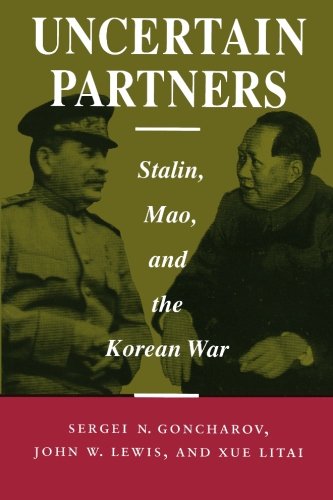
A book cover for Uncertain Partners: Stalin, Mao, and the Korean War (Studies in Intl Security and Arm Control); Sergei Goncharov; History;